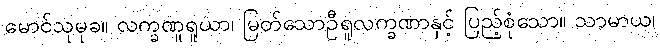
မောင်သုမုခ။ လက္ခဏူရူယာ၊ မြတ်သောဦရူလက္ခဏာနှင့် ပြည့်စုံသော။ သာမာယ၊